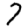
Digit: 7